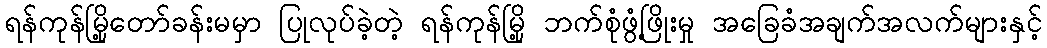
ရန်ကုန်မြို့တော်ခန်းမမှာ ပြုလုပ်ခဲ့တဲ့ ရန်ကုန်မြို့ ဘက်စုံဖွံ့ဖြိုးမှု အခြေခံအချက်အလက်များနှင့်